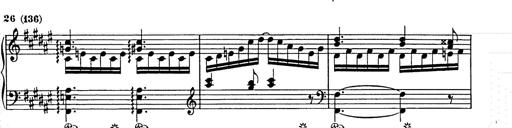
Title: Weihnachtsbaum
Composer: Franz Liszt